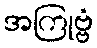
အကြုဗ္ဗံ